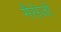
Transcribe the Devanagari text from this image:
मैसेजों